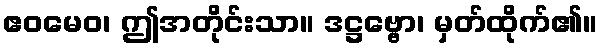
ဧဝမေဝ၊ ဤအတိုင်းသာ။ ဒဋ္ဌဗ္ဗော၊ မှတ်ထိုက်၏။